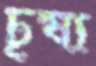
চূষ্য